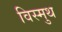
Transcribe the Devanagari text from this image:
विस्मुथ